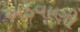
અડવાણી